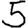
Digit: 5